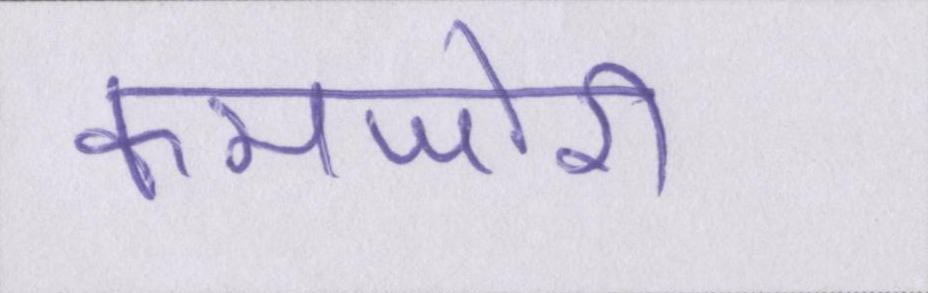
कमजोरी